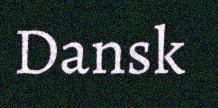
Dansk